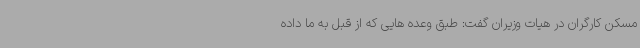
مسکن کارگران در هیات وزیران گفت: طبق وعده هایی که از قبل به ما داده